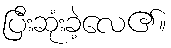
ပြီးဆုံးခဲ့လေ၏။